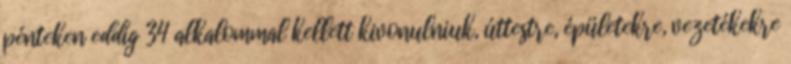
pénteken eddig 34 alkalommal kellett kivonulniuk, úttestre, épületekre, vezetékekre